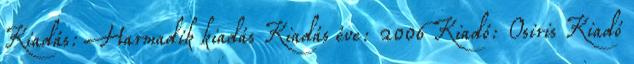
Kiadás: Harmadik kiadás Kiadás éve: 2006 Kiadó: Osiris Kiadó